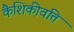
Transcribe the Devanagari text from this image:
कैशिकीवत्ति